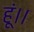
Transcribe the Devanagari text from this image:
हूं।।